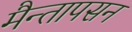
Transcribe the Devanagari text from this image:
मैन्तापसन